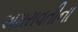
અમરાવતીના